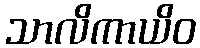
သာလိကာယိဝ